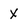
Character: X